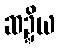
ဆဍ္ဍိယ